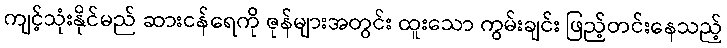
ကျင့်သုံးနိုင်မည် ဆားငန်ရေကို ဇုန်များအတွင်း ထူးသော ကွမ်းချင်း ဖြည့်တင်းနေသည့်